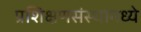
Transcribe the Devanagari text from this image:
प्रशिक्षणसंस्थांमध्ये